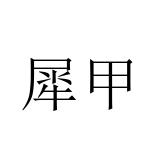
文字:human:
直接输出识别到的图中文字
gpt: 犀甲